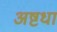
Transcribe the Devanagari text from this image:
अष्टधा